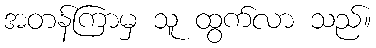
အတန်ကြာမှ သူ ထွက်လာ သည်။